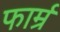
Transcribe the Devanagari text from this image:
फार्म्र